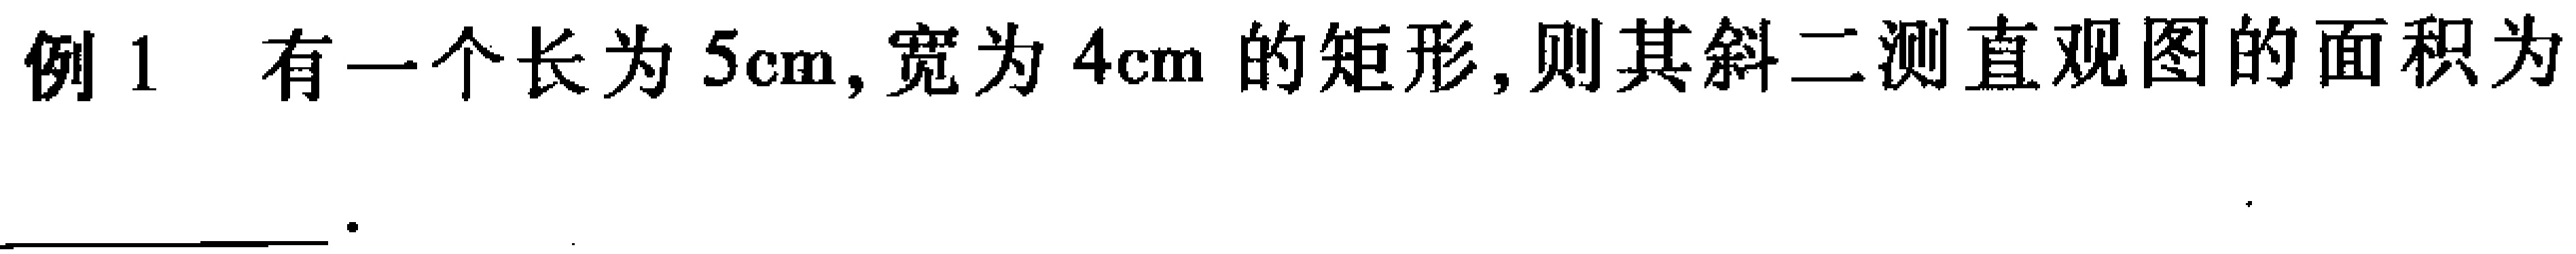
例 1 有一个长为 \(5\text{cm}\), 宽为 \(4\text{cm}\) 的矩形, 则其斜二测直观图的面积为  。